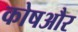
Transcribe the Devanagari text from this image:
कोषऔर